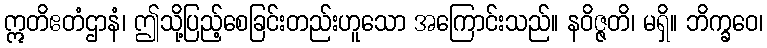
ဣတိဧတံဌာနံ၊ ဤသို့ပြည့်စေခြင်းတည်းဟူသော အကြောင်းသည်။ နဝိဇ္ဇတိ၊ မရှိ။ ဘိက္ခဝေ၊